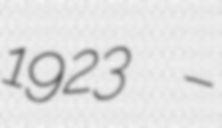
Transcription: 1923 –